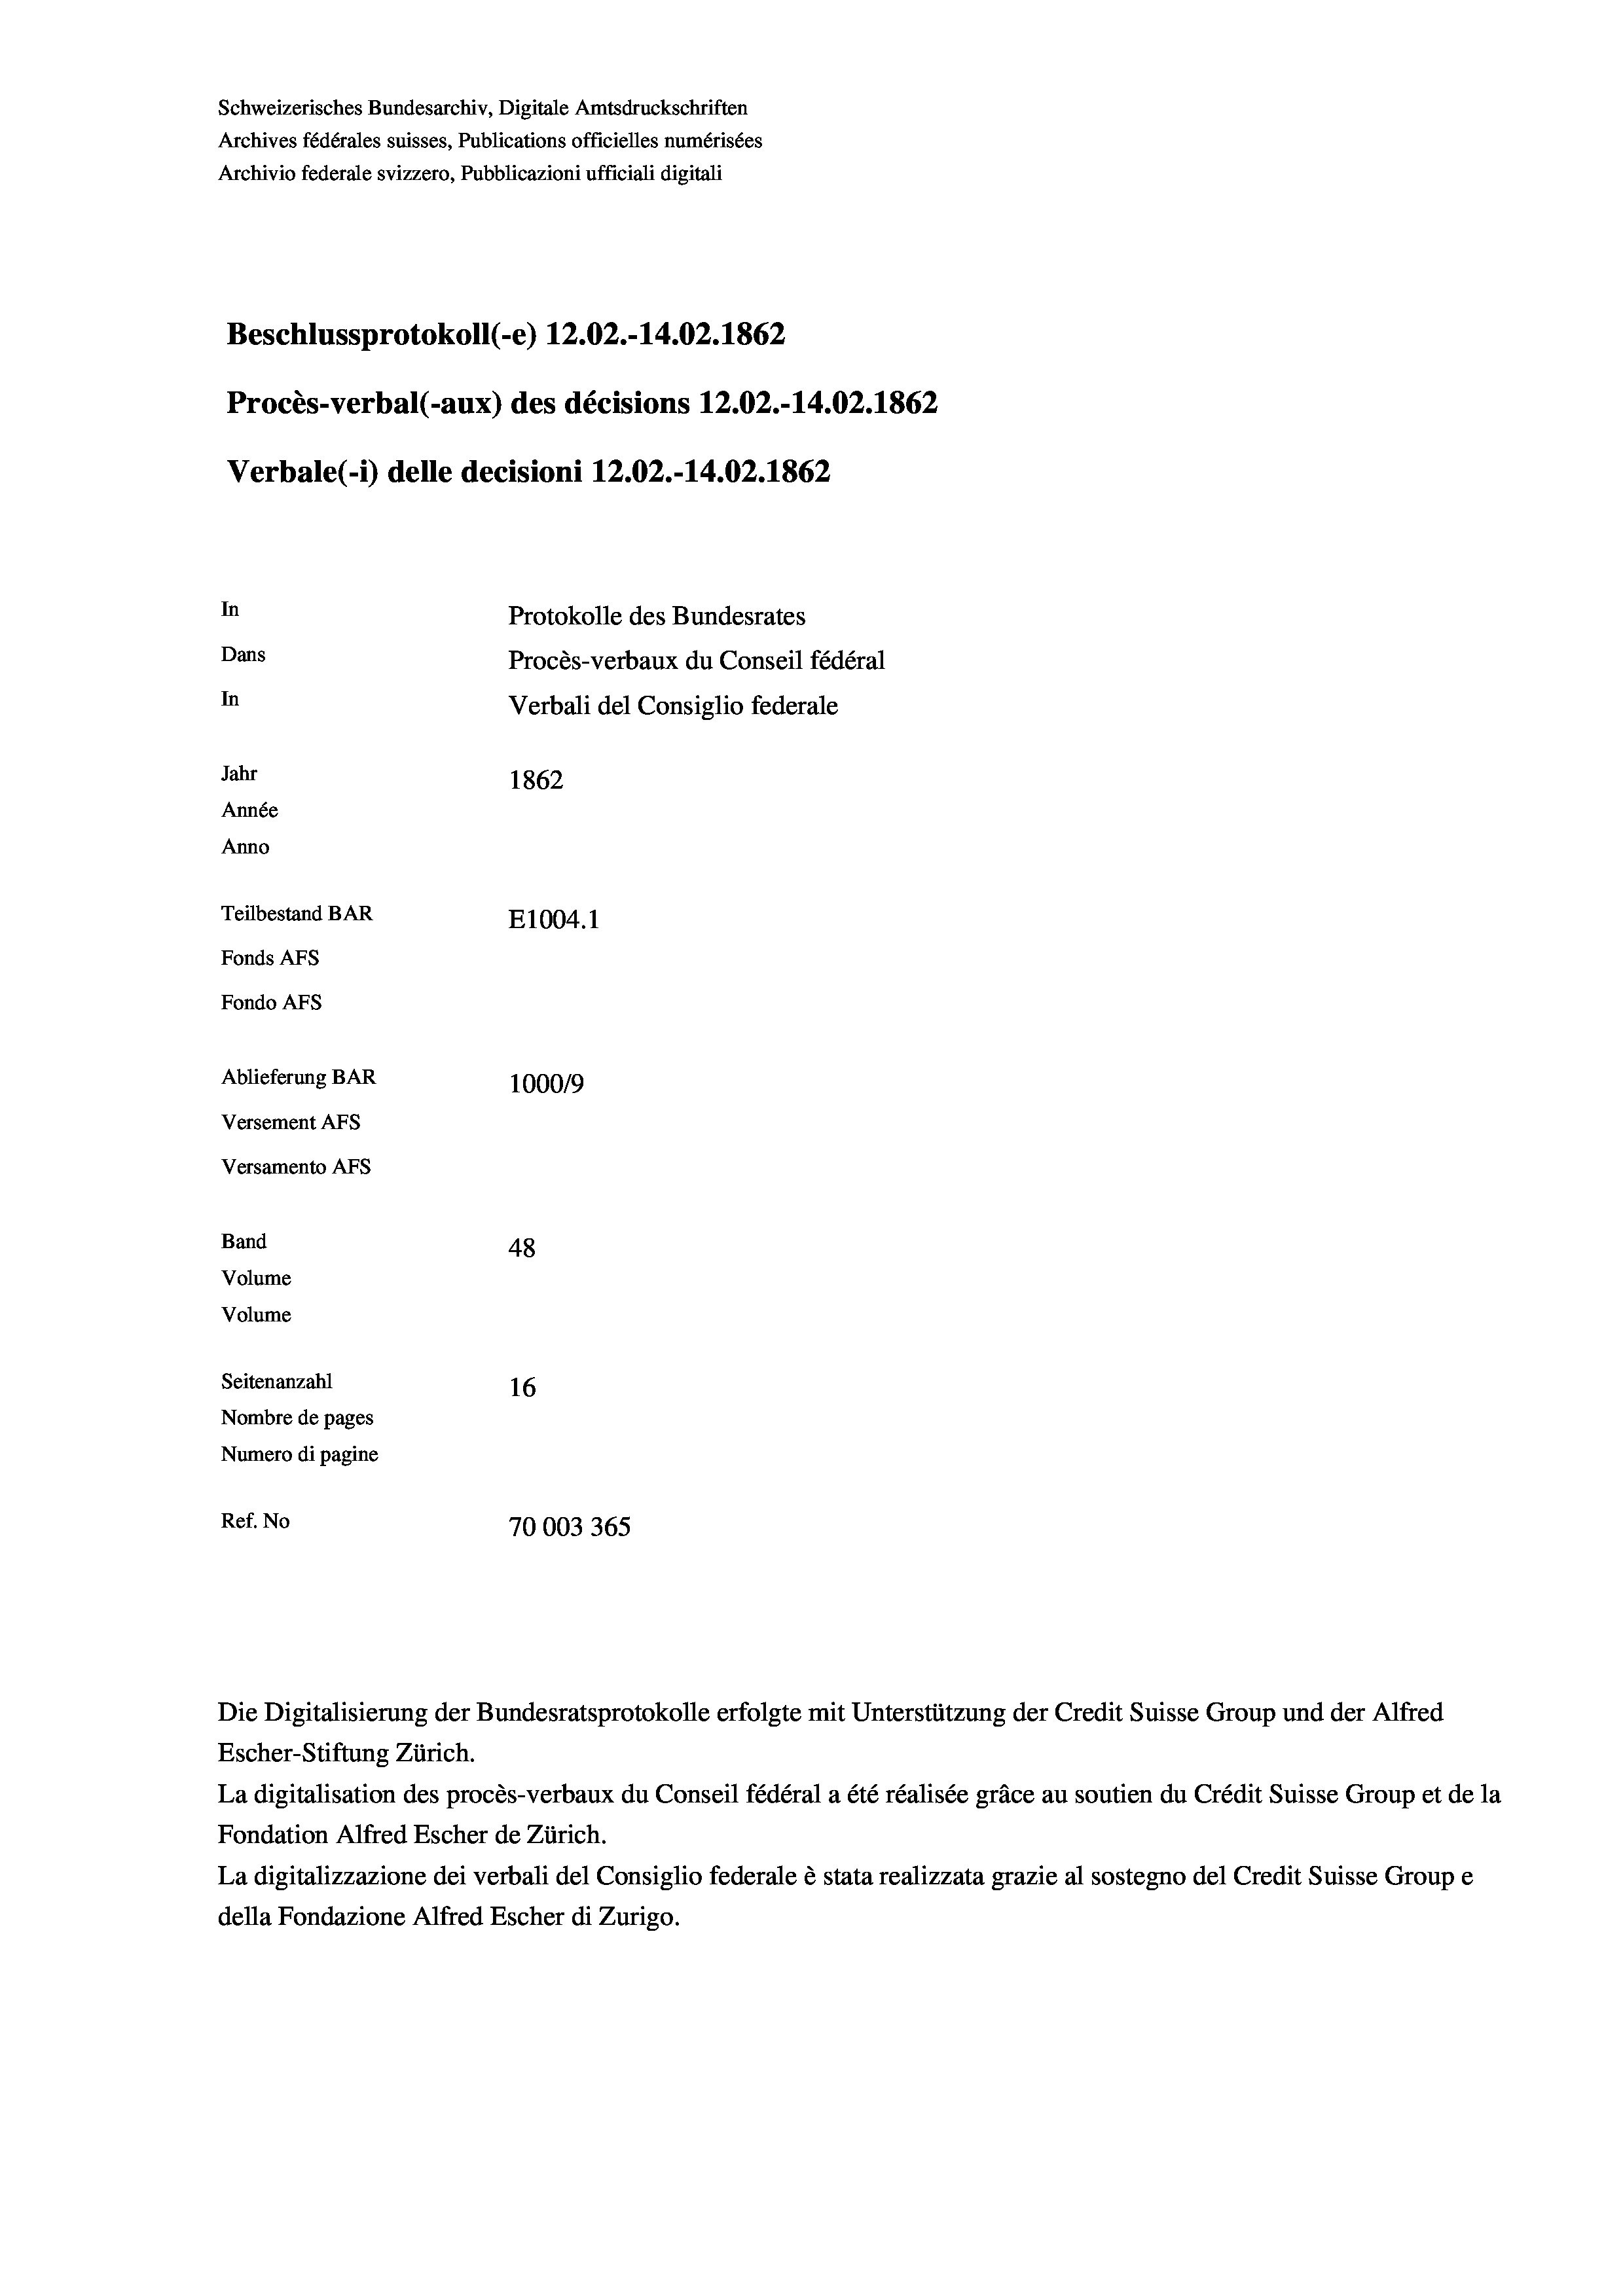
Schweizerisches Bundesarchiv, Digitale Amtsdruckschriften
Archives fédérales suisses, Publications officielles numérisées
Archivio federale svizzero, Pubblicazioni ufficiali digitali
Beschlussprotokoll (-e) 12.02.-14.02. 1862
Procès-verbal (-aux) des décisions 12.02.-14.02. 1862
Verbale(-*) delle decisioni 12.02.-14.02. 1862
In
Protokolle des Bundesrates
Dans
Procès-verbaux du Conseil fédéral
In
Verbali del Consiglio federale
Jahr
1862
Année
Anno
Teilbestand BAR
E1004. 1
Fonds Afs
Fondo AFS
Ablieferung BAR
100019
Versement AFs
Versamento AFs
Band
48
Volume
Volume

Seitenanzahl
16
Nombre de pages
Numero di pagine
Ref. No
70003 365

Die Digitalisierung der Bundesratsprotokolle erfolgte mit Unterstützung der Credit Suisse Group und der Alfred

Escher-Stiftung Zürich.
La digitalisation des procès-verbaux du Conseil fédéral a été réalisée gräce au soutien du Crédit Suisse Group et de la
Fondation Alfred Escher de Zürich.
La digitalizzazione dei verbali del Consiglio federale è stata realizzata grazie al sostegno del Credit Suisse Groupe
della Fondazione Alfred Escher di Zurigo.